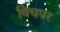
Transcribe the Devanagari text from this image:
विचपर